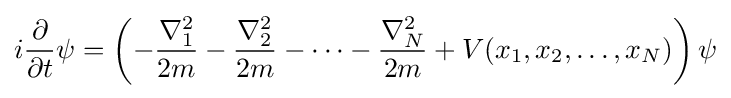
i{\frac {\partial }{\partial t}}\psi =\left(-{\frac {\nabla _{1}^{2}}{2m}}-{\frac {\nabla _{2}^{2}}{2m}}-\cdots -{\frac {\nabla _{N}^{2}}{2m}}+V(x_{1},x_{2},\dots ,x_{N})\right)\psi